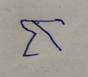
Signature authenticity: forged